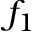
f _ { 1 }